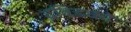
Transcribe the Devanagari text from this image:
द्रविडको